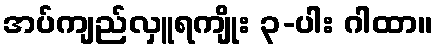
အပ်ကျည်လှူရကျိုး ၃-ပါး ဂါထာ။